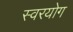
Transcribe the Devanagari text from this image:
स्वरयोग